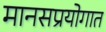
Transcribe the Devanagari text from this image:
मानसप्रयोगात